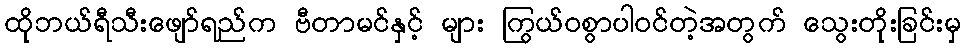
ထိုဘယ်ရီသီးဖျော်ရည်က ဗီတာမင်နှင့် များ ကြွယ်ဝစွာပါဝင်တဲ့အတွက် သွေးတိုးခြင်းမှ